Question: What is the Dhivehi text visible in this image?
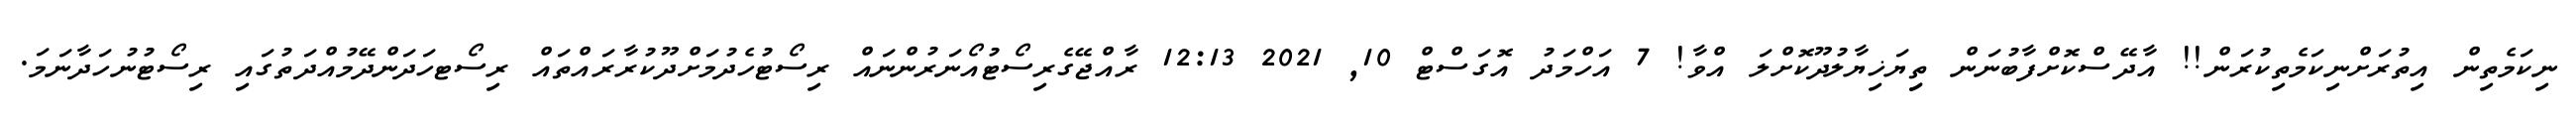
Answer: ނިކަމެތިން އިތުރަށްނިކަމެތިކުރަން!! އާދޭސްކޮށްފާބުނަން ތިިޔަޚިޔާލުދޫކޮށްލަ އްވާ! 7 އަހްމަދު އޮގަސްޓް 10, 2021 12:13 ރާއްޖޭގެރިސޯޓުއޯނަރުންނައް ރިސޯޓުހެދުމަށްދޫކުރާރައްތައް ރިސޯޓހަދަންދޭމުއްދަތުގައި ރިސޯޓުނުހަދާނަމަ.